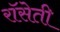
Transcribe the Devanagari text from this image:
रॉसेती